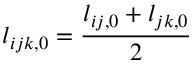
l _ { i j k , 0 } = \frac { l _ { i j , 0 } + l _ { j k , 0 } } { 2 }